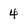
Character: 4